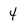
Character: 4